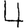
Digit: 4